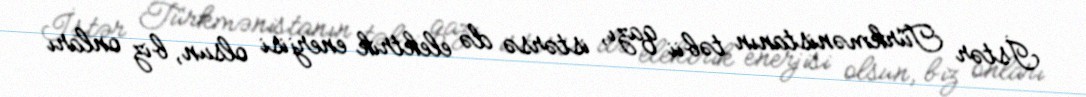
İstər Türkmənistanın təbii qazı, istərsə də elektrik enerjisi olsun, biz onları